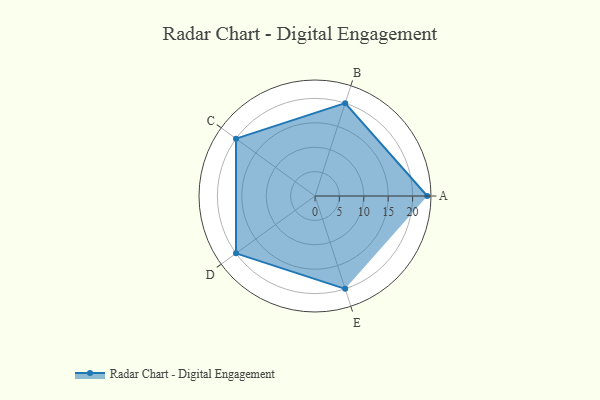
{"axis": {"x": "Skill", "y": "Score"}, "legend": ["Profile"], "data": [{"x": "A", "y": 23.0, "type": "Profile"}, {"x": "B", "y": 20, "type": "Profile"}, {"x": "C", "y": 20, "type": "Profile"}, {"x": "D", "y": 20, "type": "Profile"}, {"x": "E", "y": 20, "type": "Profile"}]}